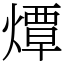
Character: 燂